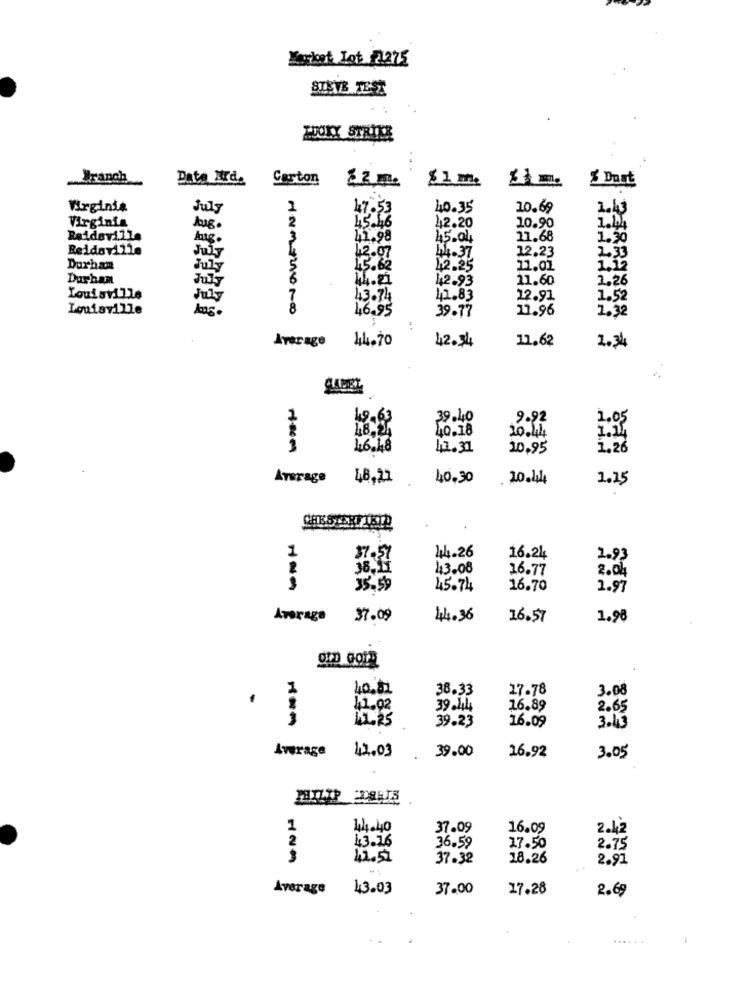
Market Lot 21275
STEVE TEST
TJOKY STRIER
Branch
Pate Ard.
Carton
$ 1 m
Dast
Virginia
July
47.53
40.35
10.69
1.43
2
15.46
Virginia
Aug.
42.20
10.90
1.14
Reidsville
Ang.
3
41.98
45.04
21.68
1.30
Reidaville
12,23
2.33
July
42.07
14.37
Durham
15.62
42.25
11.01
1.12
Durham
11.21
42.93
11.60
2.26
July
Louisville
July
43.74
11.83
12.91
1.52
Louisville
46.95
39.77
11.96
2.32
..
Average
44.70
42.34
11.62
2.34
12.63
39.40
9.92
1.05
40.18
20.44
46.48
13.31
10.95
1.26
Average
48,21
40.30
20.44
1.25
1
44.26
$7.51
16.24
2.93
2
38,11
43.08
16.77
2.04
35.59
45.74
16.70
1.97
Average
37.09
44.36
16.57
1.98
40.81
38.33
27.78
3.08
41.02
39.44
16.89
2.65
15.25
39.23
16.09
3.13
Average
42.03
39.00
26.92
3.05
1
44.40
37.09
16.09
2.42
2
43.16
36.59
17.50
2.75
11.51
37-32
18.26
2.91
Average
43.03
37.00
17.28
2.69